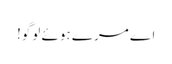
اے مرے ہوئے لوگو!